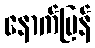
နောက်ပြန်